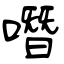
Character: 噆